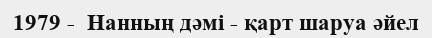
1979 -  Нанның дәмі - қарт шаруа әйел